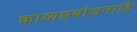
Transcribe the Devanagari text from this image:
काव्यप्रयोजनादि